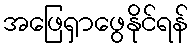
အဖြေရှာဖွေနိုင်ရန်